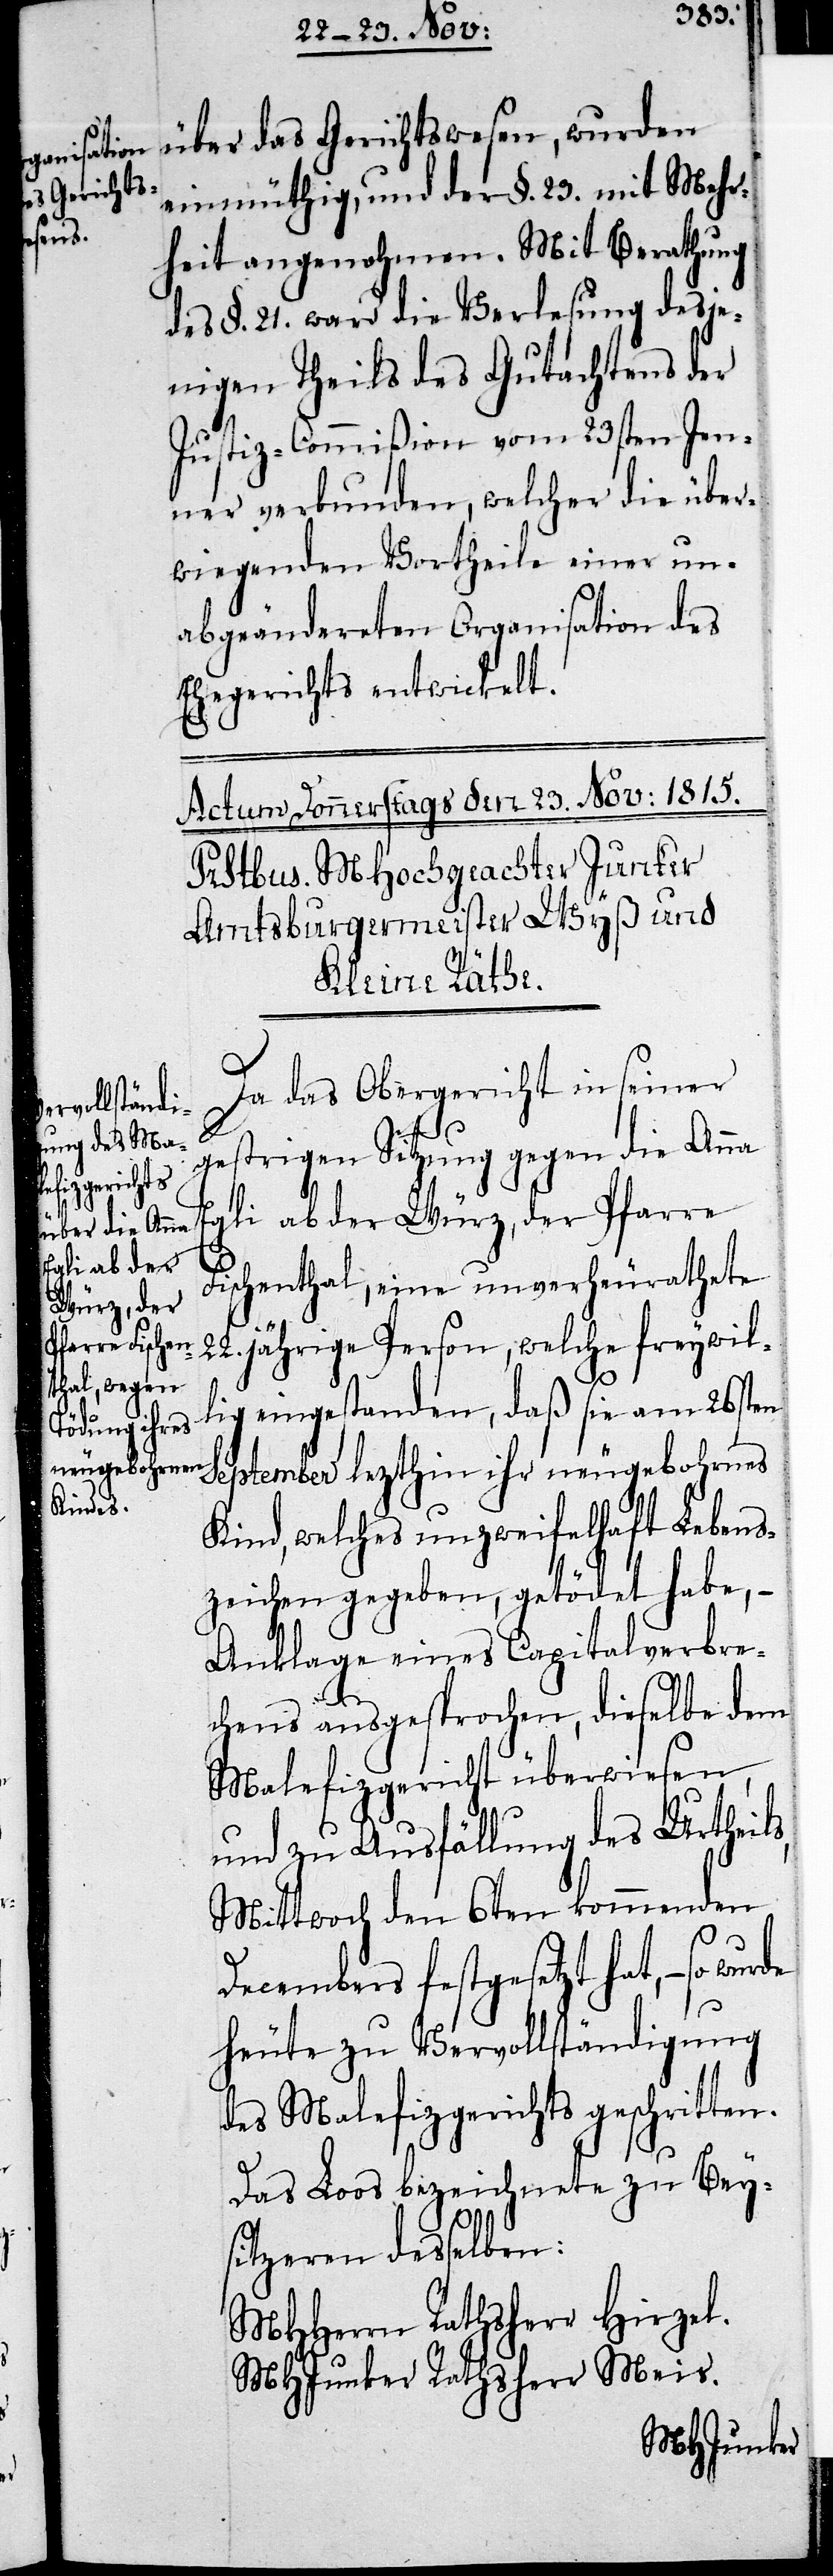
über das Gerichtswesen, wurden
einmüthig, und der §. 23. mit Mehr¬
heit angenohmen. Mit Berathung
des §. 21 ward die Verlesung desje¬
nigen Theils des Gutachtens der
Justiz-Commißion vom 23sten Jen¬
ner verbunden, welcher die über¬
wiegenden Vortheile einer un¬
abgeänderten Organisation des
Ehegerichts entwickelt.
Da das Obergericht in seiner
gestrigen Sitzung gegen die Anna
Egli ab der Würz, der Pfarre
Fischenthal, eine unverheurathete
22.jährige Person, welche freywil¬
lig eingestanden, daß sie am 26sten
September lezthin ihr neugebohrnes
Kind, welches unzweifelhaft Lebens¬
zeichen gegeben, getödet habe, –
Anklage eines Capitalverbre¬
chens ausgesprochen, dieselbe dem
Malefizgericht überwiesen,
und zu Ausfällung des Urtheil¬
Mittwoch den 6ten kommenden
Decembers festgesetzt hat, – so
heute zu Vervollständigung
des Malefizgerichts geschritten.
Das Loos bezeichnete zu Bey¬
s,
sitzeren desselben:
MHHerrn Rathsherr Hirzel.
MHJunker Rathsherr Meis.